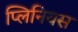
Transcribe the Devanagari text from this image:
प्लिनियस